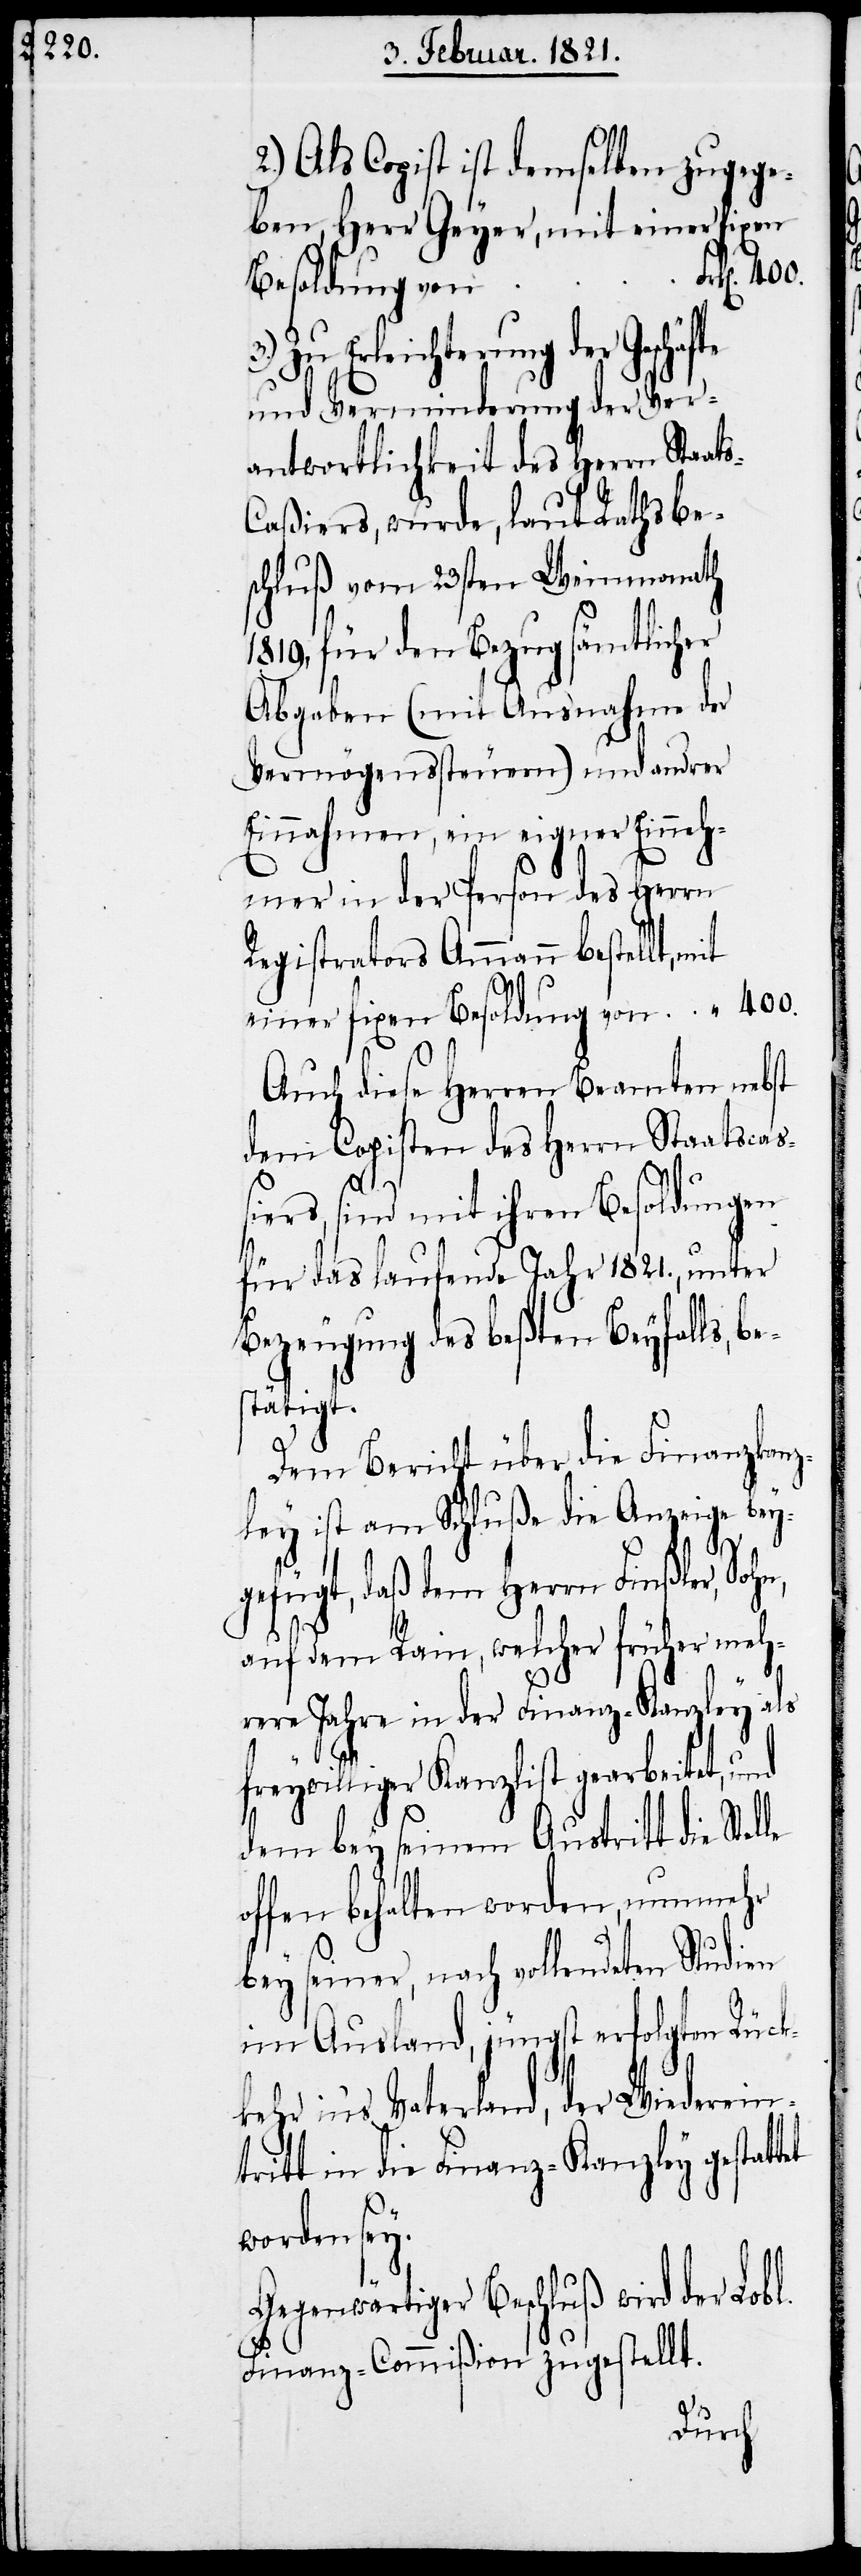
Als Copist ist demselben zugege¬
ben, Herr Geyer, mit einer fixen
Besoldung von
Zu Erleichterung der Geschäfte
und Verminderung der Ver¬
antwortlichkeit des Herrn Staat¬
aßiers, wurde, laut Rathsbe¬
schluß vom 23sten Weinmonath
1819, für den Bezug sämtlicher
Abgaben (mit Ausnahme der
Vermögenssteuern) und andrer
Einnahmen, ein eigener Einneh¬
mer in der Person des Herrn
Registrators Ammann bestellt,
s-C¬
Auch diese Herren Beamten nebst
dem Copisten des Herrn Staatscaß¬
iers, sind mit ihren Besoldungen
für das laufende Jahr 1821., unter
Bezeugung des beßten Beyfalls, be¬
tätigt.
Dem Bericht über die Finanzkanz¬
ley ist am Schluße die Anzeige bey¬
le
gefügt, daß dem Herrn Finßler, Sohn,
auf dem Rain, welcher früher meh¬
rere Jahre in der Finanz-Kanzley als
freywilliger Kanzlist gearbeitet, und
dem bey seinem Austritt die Stel¬
offen behalten worden, nunmehr
bey seiner, nach vollendeten Studien
im Ausland, jüngst erfolgten Rück¬
kehr in’s Vaterland, der Wiedereint¬
ritt in die Finanz-Kanzley gestattet
worden sey.
Gegenwärtiger Beschluß wird der Lobl.
s¬
Finanz-Commißion zugestellt.